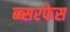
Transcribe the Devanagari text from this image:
ब्ब्सरफेस